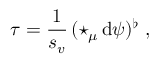
\tau = \frac 1 { s _ { v } } \, ( \star _ { \mu } \, \mathrm { d } \psi ) ^ { \flat } \ ,